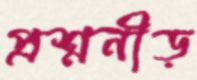
প্রশ্ননীড়